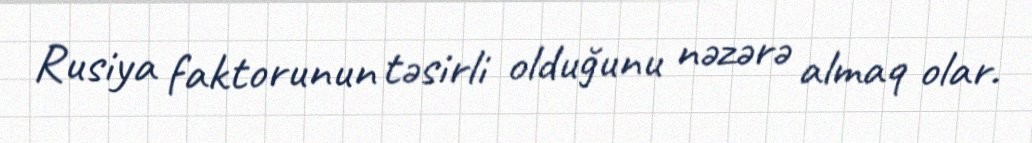
Rusiya faktorunun təsirli olduğunu nəzərə almaq olar.